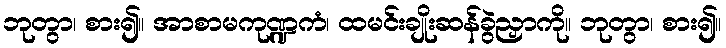
ဘုတွာ၊ စား၍။ အာစာမကုဏ္ဍကံ၊ ထမင်းချိုးဆန်ခွဲညှာကို။ ဘုတွာ၊ စား၍။